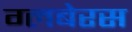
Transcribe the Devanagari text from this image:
ग्लबेरस